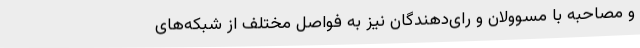
و مصاحبه با مسوولان و رای‌دهندگان نیز به فواصل مختلف از شبکه‌های